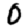
Digit: 0